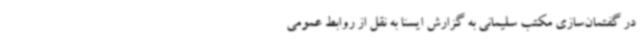
در گفتمان‌سازی مکتب سلیمانی به گزارش ایسنا به نقل از روابط عمومی